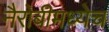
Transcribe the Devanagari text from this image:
नैरोबीमध्येच